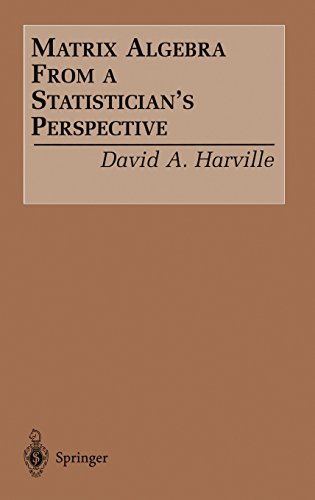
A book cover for Matrix Algebra From a Statistician's Perspective; David A. Harville; Science & Math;